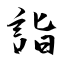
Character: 詣